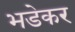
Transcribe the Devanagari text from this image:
भडेकर